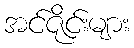
အင်ဇိုင်းများ